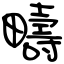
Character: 疇